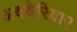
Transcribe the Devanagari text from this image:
अक्वेरियाए